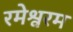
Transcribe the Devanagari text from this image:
रमेश्वरम